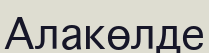
Алакөлде